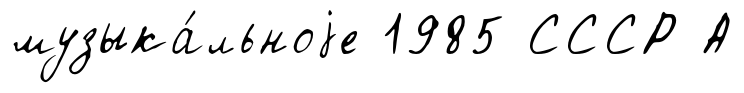
музыка́льноjе 1985 СССР А